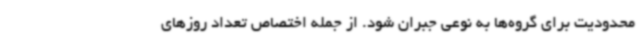
محدودیت برای گروه‌ها به نوعی جبران شود. از جمله اختصاص تعداد روزهای